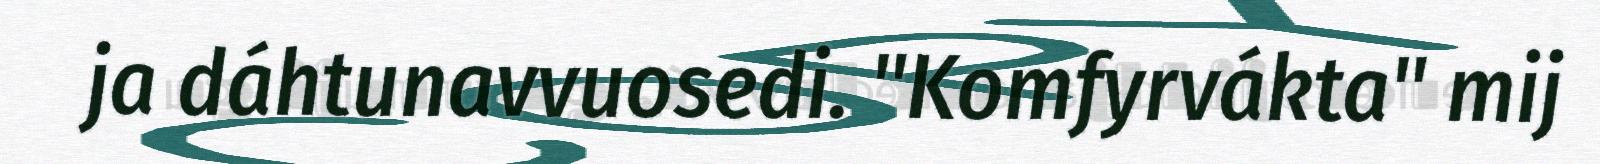
ja dáhtunavvuosedi. "Komfyrvákta" mij